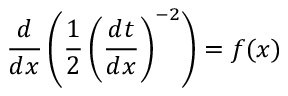
{ \frac { d } { d x } } \left( { \frac { 1 } { 2 } } \left( { \frac { d t } { d x } } \right) ^ { - 2 } \right) = f ( x )